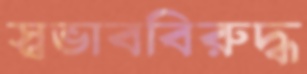
স্বভাববিরুদ্ধ